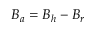
B _ { a } = B _ { h } - B _ { r }